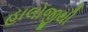
હાલોજીથી